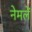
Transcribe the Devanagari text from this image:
नेमलें